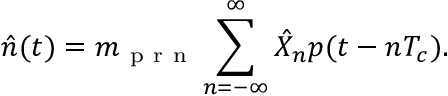
\hat { n } ( t ) = m _ { \mathrm { ~ p ~ r ~ n ~ } } \sum _ { n = - \infty } ^ { \infty } \hat { X } _ { n } p ( t - n T _ { c } ) .